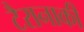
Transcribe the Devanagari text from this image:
टैरानाकी